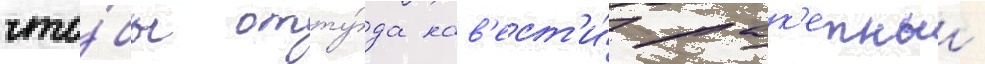
что́бы отту́да нав'ест'и́ рак'етныи